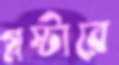
গ্লস্টারে